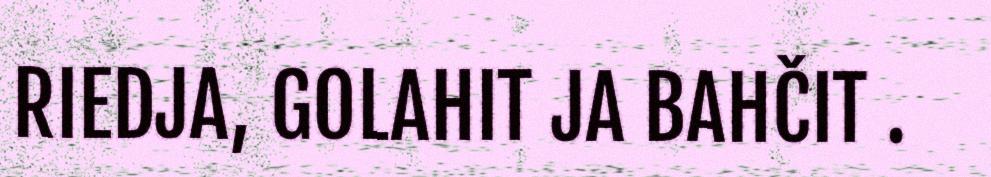
RIEDJA, GOLAHIT JA BAHČIT .